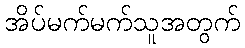
အိပ်မက်မက်သူအတွက်